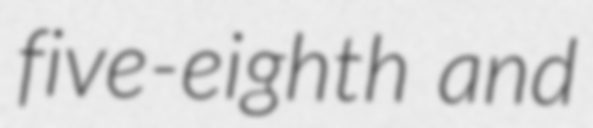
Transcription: five-eighth and